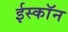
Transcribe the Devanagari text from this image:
ईस्काॅन